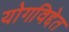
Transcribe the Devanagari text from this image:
योगविद्देत